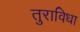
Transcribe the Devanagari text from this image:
तुराविधा